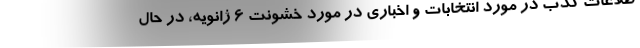
طلاعات کذب در مورد انتخابات و اخباری در مورد خشونت ۶ ژانویه، در حال